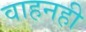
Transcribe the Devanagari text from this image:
वाहनही